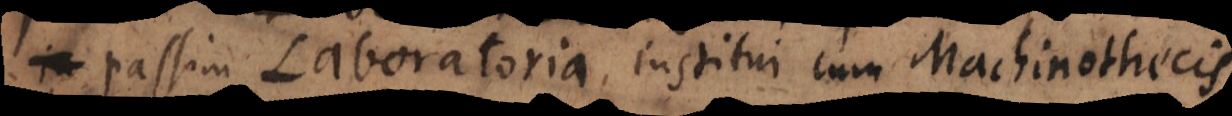
passim Laboratoria institui cum Machinothecis